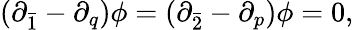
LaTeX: (\partial_{\bar{1}}-\partial_{q})\phi=(\partial_{\bar{2}}-\partial_{p})\phi=0,